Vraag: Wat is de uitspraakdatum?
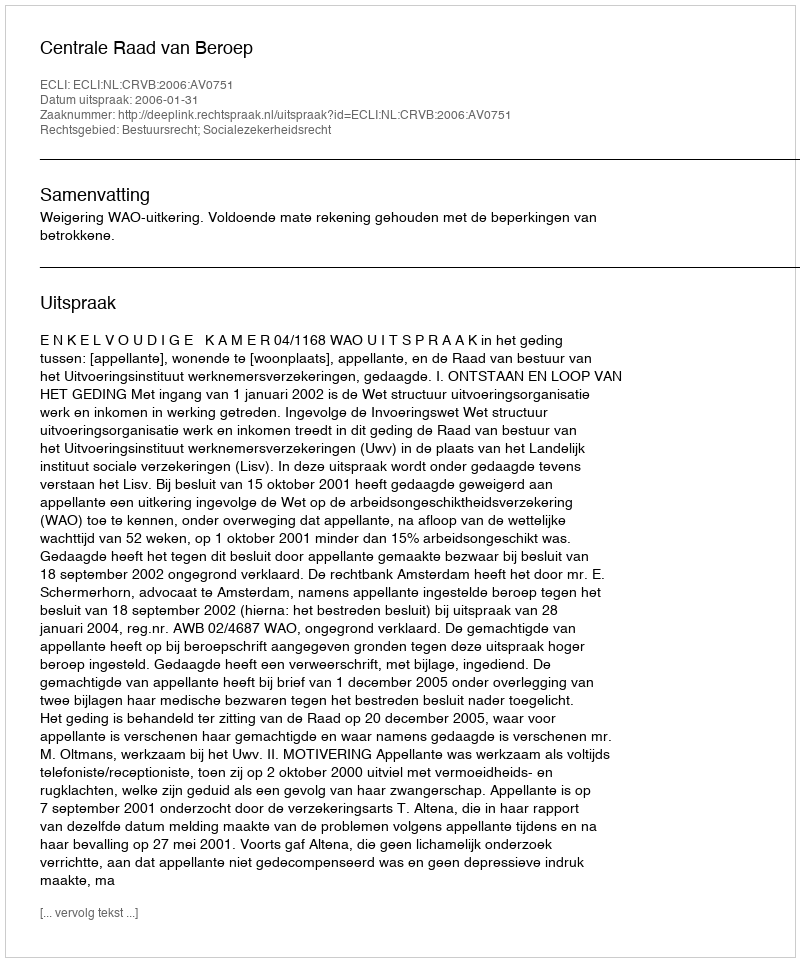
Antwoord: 2006-01-31